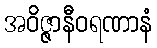
အဝိဇ္ဇာနီဝရဏာနံ